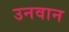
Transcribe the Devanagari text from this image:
उनवान